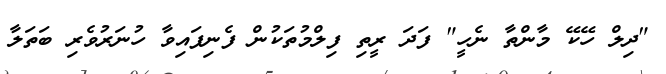
"ދިލް ހޭކޭ މާންތާ ނެހީ" ފަދަ ރީތި ފިލްމުތަކުން ފެނިފައިވާ ހުނަރުވެރި ބަތަލާ